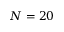
N = 2 0